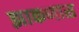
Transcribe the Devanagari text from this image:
झाकणास